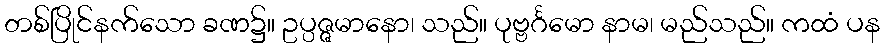
တစ်ပြိုင်နက်သော ခဏ၌။ ဥပ္ပဇ္ဇမာနော၊ သည်။ ပုဗ္ဗင်္ဂမော နာမ၊ မည်သည်။ ကထံ ပန